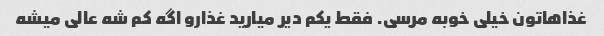
غذاهاتون خیلی خوبه مرسی. فقط یکم دیر میارید غذارو اگه کم شه عالی میشه